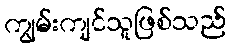
ကျွမ်းကျင်သူဖြစ်သည်